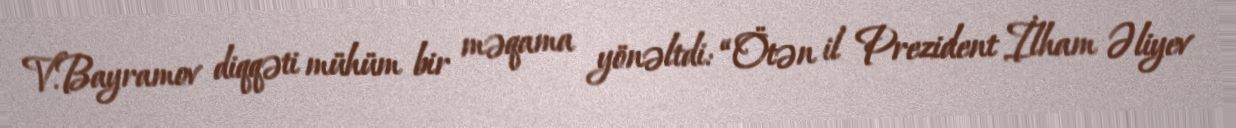
V.Bayramov diqqəti mühüm bir məqama yönəltdi: “Ötən il Prezident İlham Əliyev